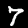
Digit: 7